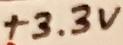
Text: +3.3V